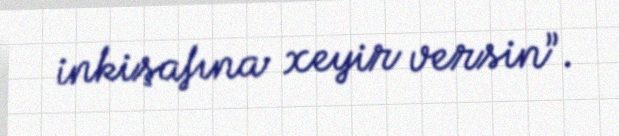
inkişafına xeyir versin”.